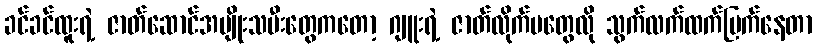
ခင်ခင်ထူးရဲ့ ဇာတ်ဆောင်အမျိုးသမီးတွေကတော့ ဂျူးရဲ့ ဇာတ်လိုက်မတွေလို သွက်လက်ထက်မြက်နေတာ